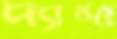
দ্যাখছে